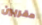
مقربين